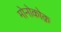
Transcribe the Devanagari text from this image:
मोनोकोक़